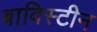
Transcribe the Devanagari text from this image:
बाविस्टीन